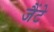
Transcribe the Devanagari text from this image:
जैंटे